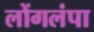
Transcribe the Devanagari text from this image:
लोंगलंपा